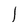
Character: l